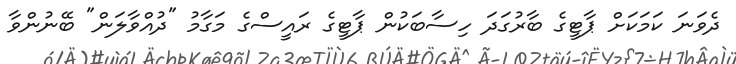
ދެވަނަ ކަމަކަށް ޕާޓީގެ ބާރުގަދަ ހިސާބަކުން ޕާޓީގެ ރައީސްގެ މަގާމު "ދުއްވާލަން" ބޭނުންވާ